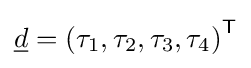
{\underline {d}}=\left(\tau _{1},\tau _{2},\tau _{3},\tau _{4}\right)^{\mathsf {T}}